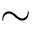
\sim